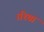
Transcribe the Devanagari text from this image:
।रिया